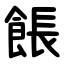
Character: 餦